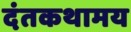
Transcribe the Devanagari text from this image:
दंतकथामय